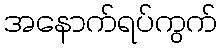
အနောက်ရပ်ကွက်